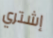
إشتري